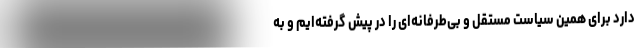
دارد برای همین سیاست مستقل و بی‌طرفانه‌ای را در پیش گرفته‌ایم و به